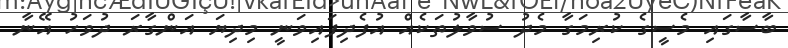
ބާސާގައި މެސީގެ ކުރިމަގާ މެދު ސުވާލުތަކެއް އުފެދިފައިވަނީ މިދިޔަ އަންގާރަ ދުވަހު އޭނާ